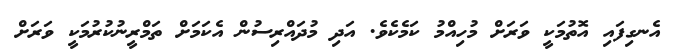
އެނގިފައި އޮތުމަކީ ވަރަށް މުހިއްމު ކަމެކެވެ. އަދި މުދައްރިސުން އެކަމަށް ތަމްރީނުކުރުމަކީ ވަރަށް